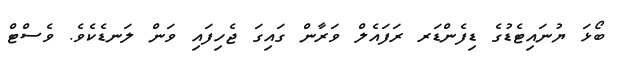
ބޯޅަ ޔުނައިޓެޑުގެ ޑިފެންޑަރ ރަފައެލް ވަރާން ގައިގަ ޖެހިފައި ވަން ލަނޑެކެވެ. ވެސްޓް